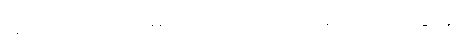
(၃) ကိလေသာမိသ - ကိလေသာ၌ ကပ်ငြိခြင်း။